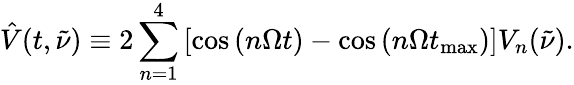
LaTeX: \hat{V}(t,\tilde{\nu})\equiv 2\sum_{n=1}^{4}\left[\cos\left({n\Omega t}\right)-\cos\left({n\Omega t_{\mathrm{max}}}\right)\right]V_{n}(\tilde{\nu}).